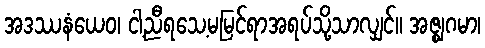
အဒဿနံယေဝ၊ ငါ့ညီရသေ့မမြင်ရာအရပ်သို့သာလျှင်။ အဇ္ဈဂမာ၊